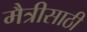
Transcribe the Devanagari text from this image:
मैत्रीसाठी